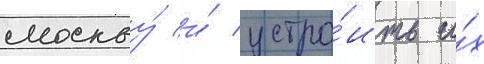
москву́ и́ устро́ить и́х